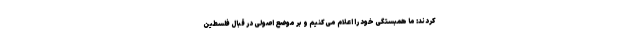
کردند: ما همبستگی خود را اعلام می‌کنیم و بر موضع اصولی در قبال فلسطین